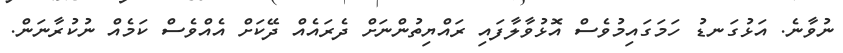
ނުވާނެ. އަޅުގަނޑު ހަމަގައިމުވެސް އޮޅުވާލާފައި ރައްޔިތުންނަށް ދެރައެއް ދޭކަށް އެއްވެސް ކަމެއް ނުކުރާނަން.